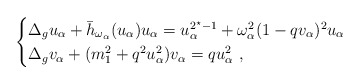
\begin{align*}\begin{cases}\Delta_g u_\alpha+ \bar{h}_{\omega_\alpha}(u_\alpha)u_\alpha=u_\alpha^{2^\star-1}+\omega_\alpha^2(1-qv_\alpha)^2 u_\alpha\\\Delta_g v_\alpha+(m_1^2+q^2u_\alpha^2) v_\alpha= q u_\alpha^2~,\end{cases}\end{align*}